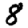
Digit: 8